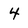
Character: 4